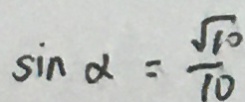
\sin \alpha = \frac { \sqrt { 1 0 } } { 1 0 }